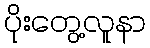
ပိုးတွေ့လူနာ